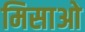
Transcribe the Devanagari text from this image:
मिसाओ